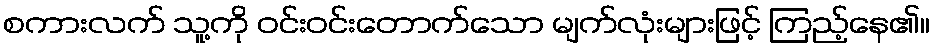
စကားလက် သူ့ကို ဝင်းဝင်းတောက်သော မျက်လုံးများဖြင့် ကြည့်နေ၏။